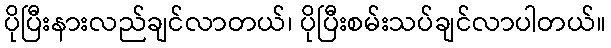
ပိုပြီးနားလည်ချင်လာတယ်၊ ပိုပြီးစမ်းသပ်ချင်လာပါတယ်။